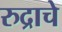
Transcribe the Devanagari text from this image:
रुद्राचे